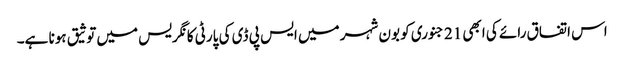
اس اتفاق رائے کی ابھی 21 جنوری کو بون شہر میں ایس پی ڈی کی پارٹی کانگریس میں توثیق ہونا ہے۔